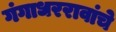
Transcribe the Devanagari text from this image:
गंगाधररावांचे